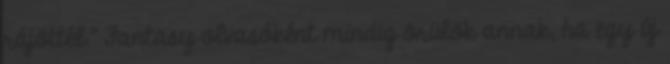
rájöttél." Fantasy olvasóként mindig örülök annak, ha egy új